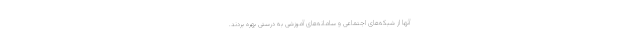
آنها از شبکه‌های اجتماعی و سامانه‌های آموزشی به درستی بهره بردند.